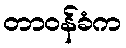
တာဝန်ခံက